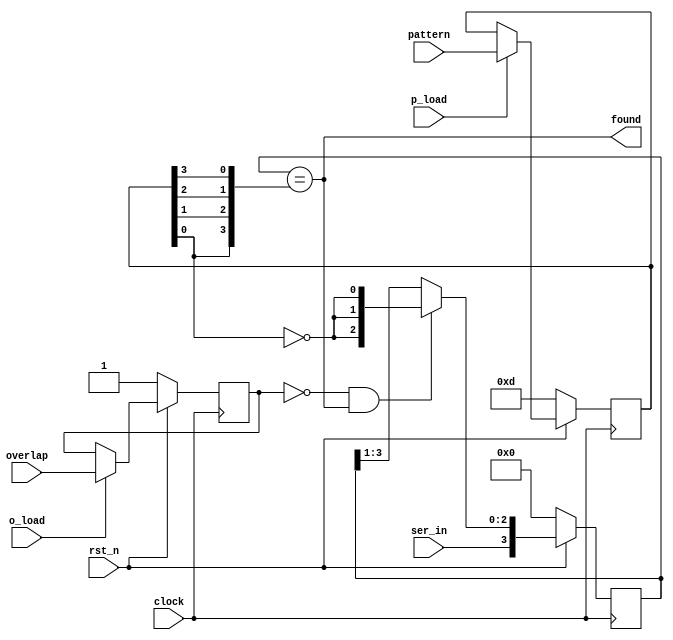
module hw7 (
  input rst_n,
  input clock,
  input ser_in,
  input p_load,
  input [3:0] pattern,
  input o_load,
  input overlap,
  output found
);

  reg olap;
  wire olap_n;

  reg [3:0] shreg;
  reg [3:0] p_val;
  wire [3:0] p_swiz;
  wire r_val_n;

  always @( posedge clock )
    if( !rst_n )
      olap <= 1;
    else
      if( o_load )
        olap <= overlap;
      else
        olap <= olap;

  assign olap_n = ~olap;

  always @( posedge clock )
    if( !rst_n )
      p_val <= 4'b1101;
    else
      if( p_load )
        p_val <= pattern;
      else
        p_val <= p_val;

  assign r_val_n = ~p_val[0];
  assign p_swiz = {p_val[0], p_val[1], p_val[2], p_val[3]};

  always @( posedge clock )
    if( !rst_n )
      shreg <= 4'b0000;
    else
      if( olap_n && found )
        shreg <= {ser_in, {3{r_val_n}}};
      else
        shreg <= {ser_in, shreg[3:1]};

  assign found = (shreg == p_swiz);

endmodule